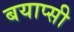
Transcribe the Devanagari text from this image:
बयाप्सी